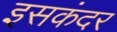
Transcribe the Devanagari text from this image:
इसकंदर